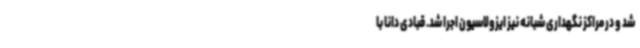
شد و در مراکز نگهداری شبانه نیز ایزولاسیون اجرا شد. قبادی دانا با